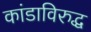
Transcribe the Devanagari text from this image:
कांडाविरुद्ध